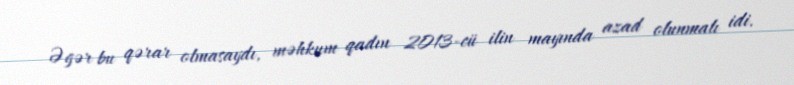
Əgər bu qərar olmasaydı, məhkum qadın 2013-cü ilin mayında azad olunmalı idi.